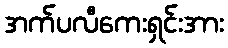
အက်ပလီကေးရှင်းအား